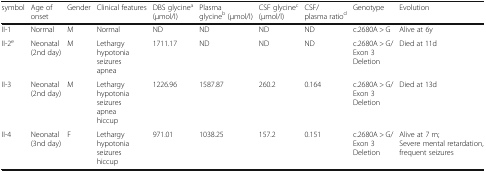
| symbol | Age of onset | Gender | Clinical features | DBS glycinea (μmol/l) | Plasma glycineb (μmol/l) | CSF glycinec (μmol/l) | CSF/plasma ratiod | Genotype | Evolution |
 | --- | --- | --- | --- | --- | --- | --- | --- | --- | --- |
 | II-1 | Normal | M | Normal | ND | ND | ND | ND | c.2680A > G | Alive at 6y |
 | II-2e | Neonatal (2nd day) | M | Lethargy hypotoniaseizuresapnea | 1711.17 | ND | ND | ND | c.2680A > G/Exon 3 Deletion | Died at 11d |
 | II-3 | Neonatal (2nd day) | M | Lethargy hypotonia seizuresapneahiccup | 1226.96 | 1587.87 | 260.2 | 0.164 | c.2680A > G/Exon 3 Deletion | Died at 13d |
 | II-4 | Neonatal (3nd day) | F | Lethargyhypotoniaseizureshiccup | 971.01 | 1038.25 | 157.2 | 0.151 | c.2680A > G/Exon 3 Deletion | Alive at 7 m;Severe mental retardation, frequent seizures |